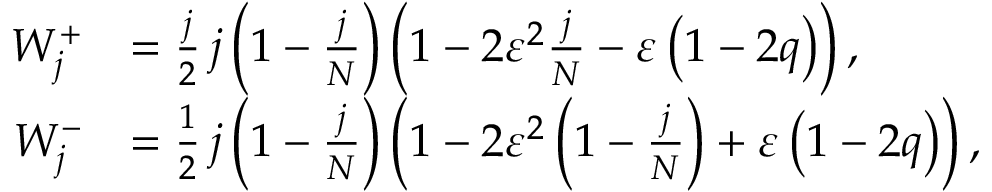
\begin{array} { r l } { W _ { j } ^ { + } } & { = \frac { j } { 2 } \thinspace j \left( 1 - \frac { j } { N } \right) \left( 1 - 2 \varepsilon ^ { 2 } \frac { j } { N } - \varepsilon \left( 1 - 2 q \right) \right) , } \\ { W _ { j } ^ { - } } & { = \frac { 1 } { 2 } \thinspace j \left( 1 - \frac { j } { N } \right) \left( 1 - 2 \varepsilon ^ { 2 } \left( 1 - \frac { j } { N } \right) + \varepsilon \left( 1 - 2 q \right) \right) , } \end{array}